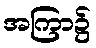
အကြာ၌